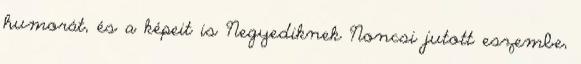
humorát, és a képeit is Negyediknek Noncsi jutott eszembe,